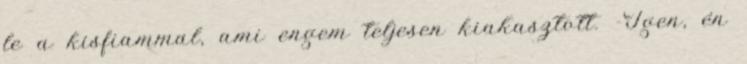
le a kisfiammal, ami engem teljesen kiakasztott. -Igen, én